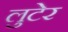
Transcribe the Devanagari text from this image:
लुटेर